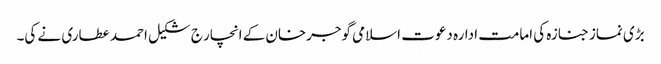
بڑی نماز جنازہ کی امامت ادارہ دعوت اسلامی گوجرخان کے انچار ج شکیل احمد عطاری نے کی۔